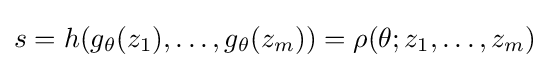
s=h(g_{\theta }(z_{1}),\ldots ,g_{\theta }(z_{m}))=\rho (\theta ;z_{1},\ldots ,z_{m})